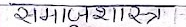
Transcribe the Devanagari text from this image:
समाजशास्त्र